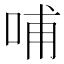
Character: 哺